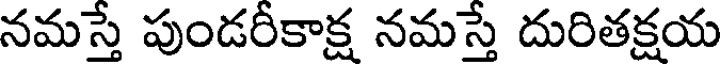
నమస్తే పుండరీకాక్ష నమస్తే దురితక్షయ